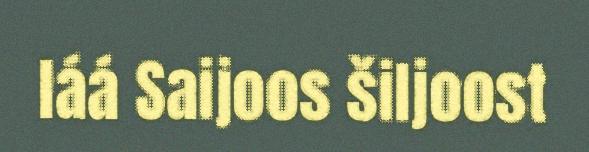
láá Saijoos šiljoost